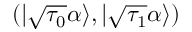
( | \sqrt { \tau _ { 0 } } \alpha \rangle , | \sqrt { \tau _ { 1 } } \alpha \rangle )